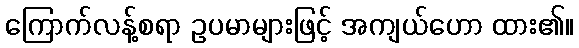
ကြောက်လန့်စရာ ဥပမာများဖြင့် အကျယ်ဟော ထား၏။